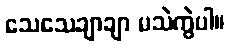
သေသေချာချာ မသဲကွဲပါ။